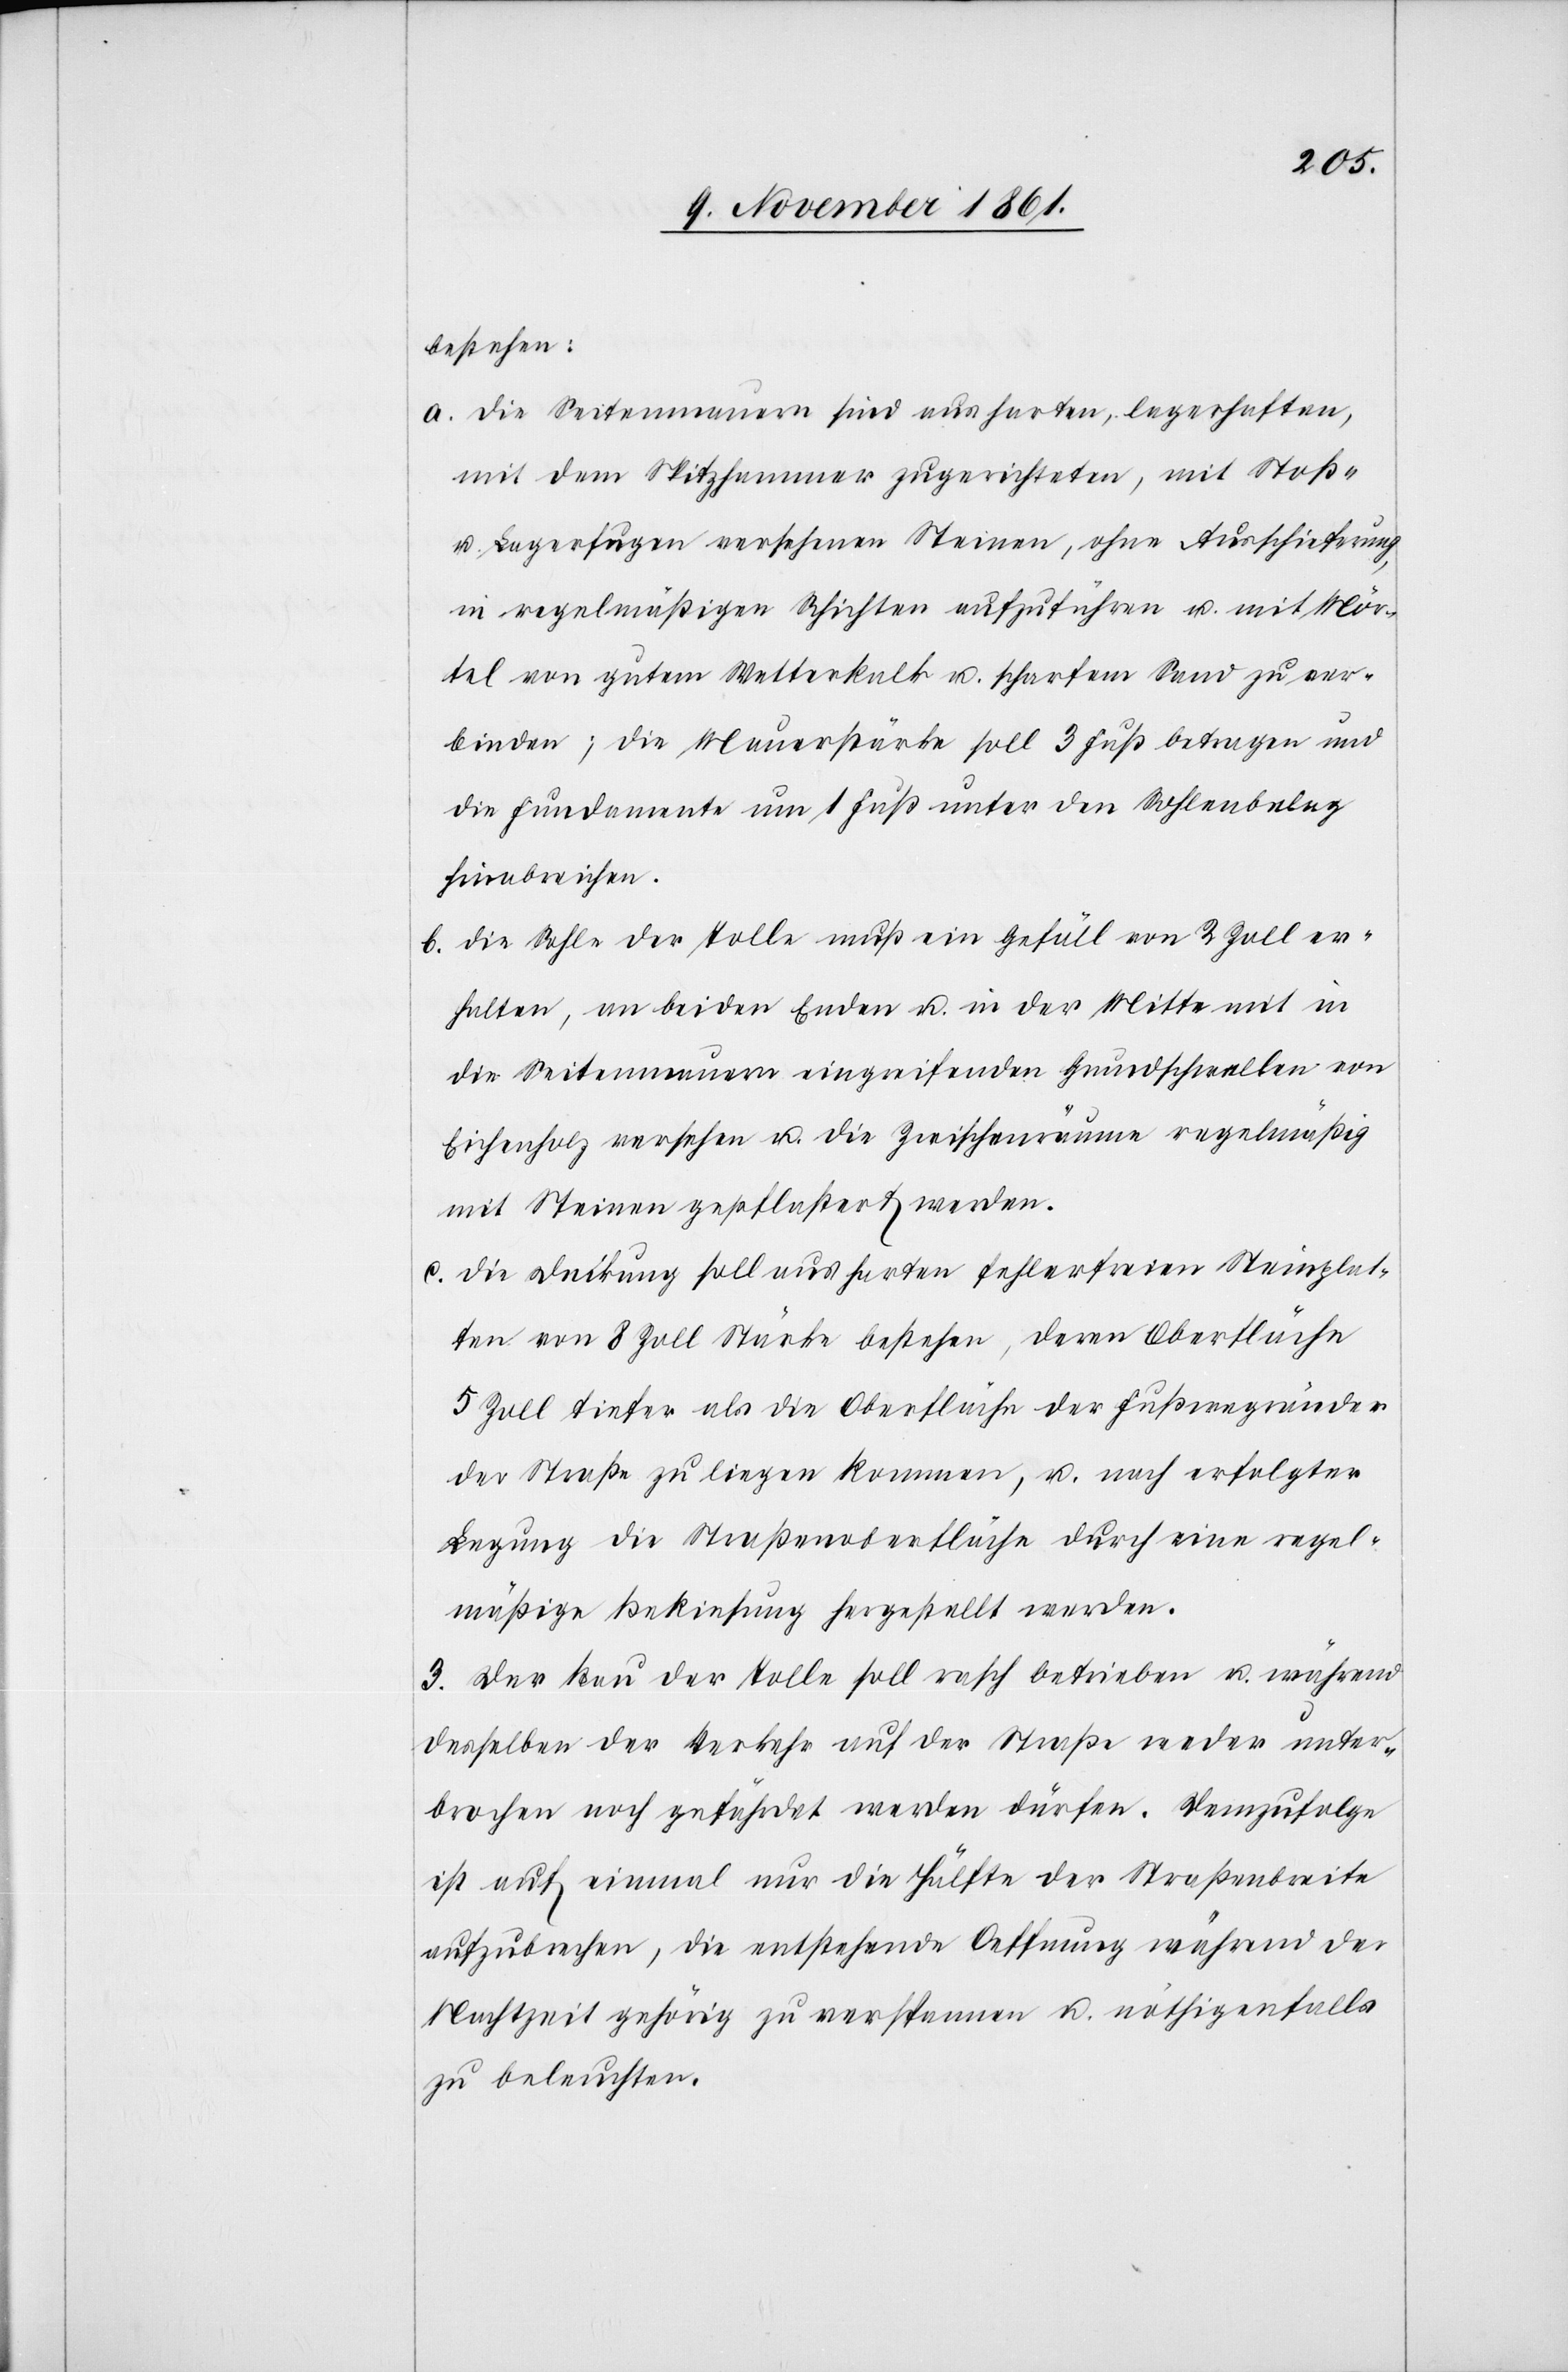
agen
bestehen:
a. die Seitenmauern sind aus harten, lagerhaften,
mit dem Spitzhammer zugerichteten, mit Stoß-
u. Lagerfugen versehenen Steinen, ohne Ausschieferung
in regelmäßigen Schichten aufzuführen u. mit Mör¬
tel von gutem Wetterkalk u. scharfem Sand betr¬
die Fundamente um 1 Fuß unter den Sohlenbelag
hinabreichen.
b. die Sohle der Tolle muß ein Gefäll von 2 Zoll er¬
halten, an beiden Enden u. in der Mitte mit in
die Seitenmauern eingreifenden Grundschwellen von
Eisenholz versehen u. die Zwischenräume regelmäßig
mit Steinen gepflastert werden.
c. die Deckung soll aus harten fehlerfreien Steinplat¬
ten von 8 Zoll Stärke bestehen, deren Oberfläche
5 Zoll tiefer als die Oberfläche der Fußwegränder
der Straße zu liegen kommen, u. nach erfolgter
Legung die Straßenoberfläche durch eine regel¬
mäßige Bekiesung hergestellt werden.
3. Der Bau der Tolle soll rasch betrieben u. während
desselben der Verkehr auf der Straße weder unter¬
brochen noch gefährdet werden dürfen. Demzufolge
ist auf einmal nur die Hälfte der Straßenbreite
aufzubrechen, die entstehende Oeffnung während der
Nachtzeit gehörig zu verspannen u. nöthigenfalls
zu beleuchten.